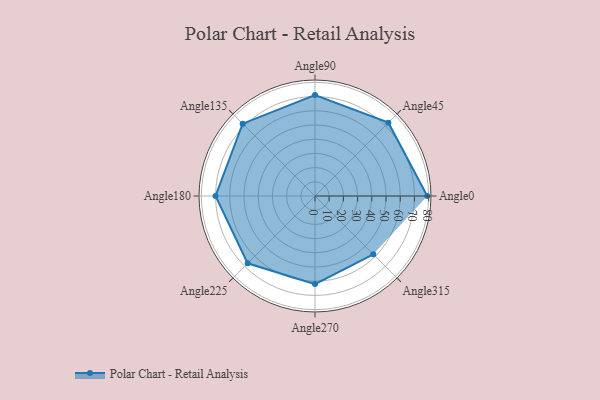
{"axis": {"x": "Angle", "y": "Radius"}, "legend": [""], "data": [{"x": "Angle0", "y": 79.0, "type": ""}, {"x": "Angle45", "y": 73.0, "type": ""}, {"x": "Angle90", "y": 71.0, "type": ""}, {"x": "Angle135", "y": 72.0, "type": ""}, {"x": "Angle180", "y": 70.0, "type": ""}, {"x": "Angle225", "y": 67.0, "type": ""}, {"x": "Angle270", "y": 62.0, "type": ""}, {"x": "Angle315", "y": 58.0, "type": ""}]}